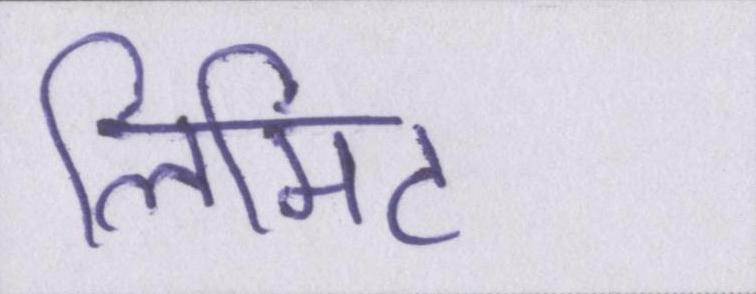
लिमिट